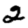
Digit: 2